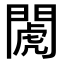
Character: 𨵘